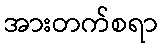
အားတက်စရာ